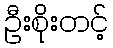
ဦးစိုးတင့်